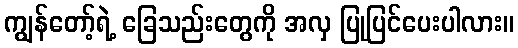
ကျွန်တော့်ရဲ့ ခြေသည်းတွေကို အလှ ပြုပြင်ပေးပါလား။